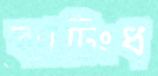
ব্যাটিংধ